画像に写った文字を読んでください
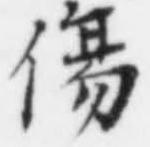
「傷」と書いてあります